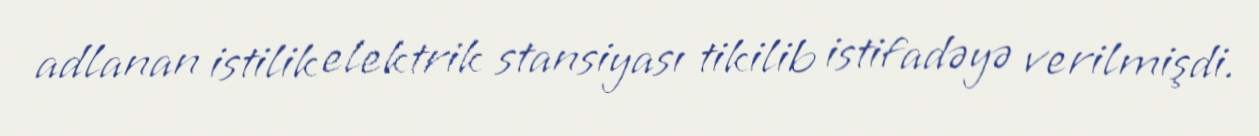
adlanan istilik elektrik stansiyası tikilib istifadəyə verilmişdi.